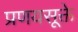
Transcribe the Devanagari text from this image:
प्रणयसूक्ते